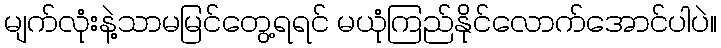
မျက်လုံးနဲ့သာမမြင်တွေ့ရရင် မယုံကြည်နိုင်လောက်အောင်ပါပဲ။